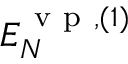
{ \cal E } _ { N } ^ { \ensuremath { \mathrm { ~ v ~ p ~ } } , ( 1 ) }